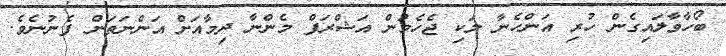
ބޯހާވާލައިގެން ހުރި އަންހެނާ ލަކި ޖެހެމުން އަޝްރަފް މެންނާ ދިމާއަށް އަންނަތަން ފެނުނެވެ.